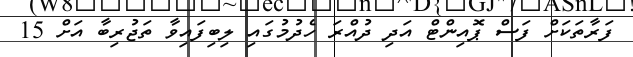
ފަރާތަކަށް ފަސް ޕޮއިންޓް އަދި ދުއްރަ ހެދުމުގައި ލިބިފައިވާ ތަޖުރިބާ އަށް 15